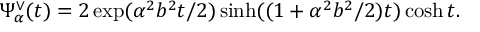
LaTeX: \Psi _ { \alpha } ^ { \vee } ( t ) = 2 \exp ( \alpha ^ { 2 } b ^ { 2 } t / 2 ) \sinh ( ( 1 + \alpha ^ { 2 } b ^ { 2 } / 2 ) t ) \cosh t .